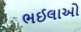
ભઈલાઓ